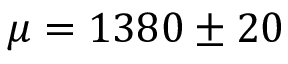
\mu = 1 3 8 0 \pm 2 0